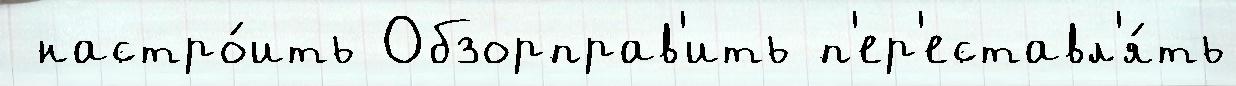
 настро́ить Обзорправ'ить п'ер'еставл'я́ть